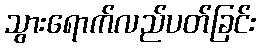
သွားရောက်လည်ပတ်ခြင်း